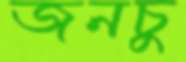
জনচু